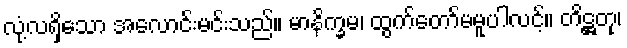
လုံ့လရှိသော အလောင်းမင်းသည်။ မာနိက္ခမ၊ ထွက်တော်မမူပါလင့်။ တိဋ္ဌတု၊